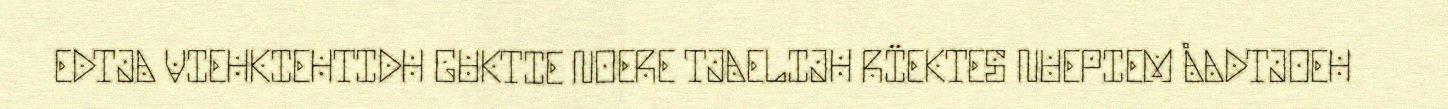
EDTJA VIEHKIEHTIDH GUKTIE NOERE TJAELIJH RÏEKTES NUEPIEM ÅADTJOEH